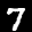
Label: 7